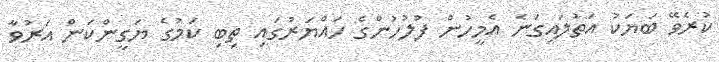
ކުރެވޭ ބަޔަކު އަތުލައިގަނެ އެމީހުން ފުލުހުންގެ ހައްޔަރުގައި ތިބި ކަމުގެ ޔަގީންކަން އަރުވާ